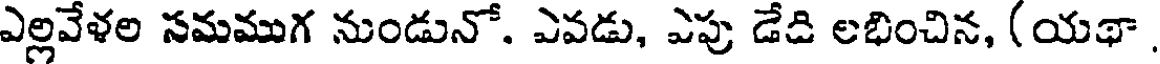
ఎల్లవేళల సమముగ నుండునో. ఎవడు, ఎపు డేది లభించిన, (యథా